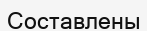
Составлены